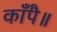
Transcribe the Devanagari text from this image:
काँपै॥